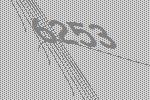
6253